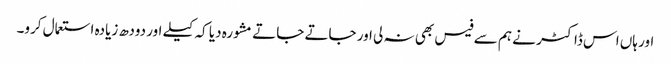
اور ہاں اس ڈاکٹر نے ہم سے فیس بھی نہ لی اور جاتے جاتے مشورہ دیا کہ کیلے اور دودھ زیادہ استعمال کرو۔